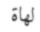
لھاة